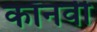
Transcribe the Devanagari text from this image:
कॉनवी